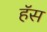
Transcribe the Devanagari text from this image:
हॅस